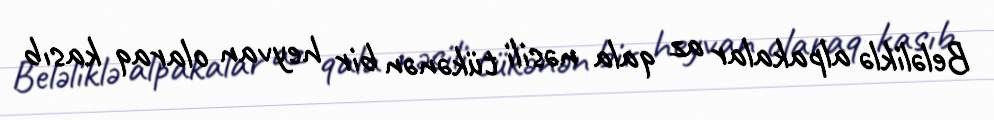
Beləliklə alpakalar az qala nəsili tükənən bir heyvan olaraq kasıb